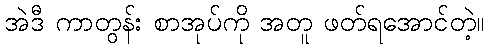
အဲဒီ ကာတွန်း စာအုပ်ကို အတူ ဖတ်ရအောင်တဲ့။